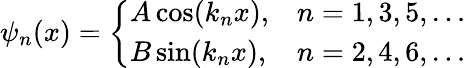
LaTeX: \psi_{n}(x)={\left\{ \begin{array}{ll}{A\cos(k_{n}x),}&{n=1,3,5,\dots}\\ {B\sin(k_{n}x),}&{n=2,4,6,\dots}\end{array}\right.}